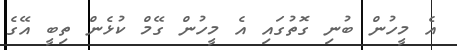
އެ މީހުން ބުނި ގޮތުގައި އެ މީހުން ގޭމް ކުޅެން ތިބީ އޭގެ